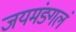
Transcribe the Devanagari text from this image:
जयमंङ्गलं